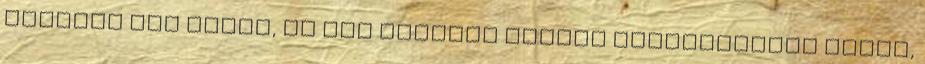
fosztod meg magad, ha nem követsz minket Hozzájárulok ahhoz,